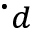
\cdot _ { d }